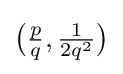
{\bigl (}{\tfrac {p}{q}},{\tfrac {1}{2q^{2}}}{\bigr )}